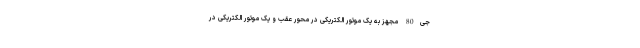
جی80 مجهز به یک موتور الکتریکی در محور عقب و یک موتور الکتریکی در